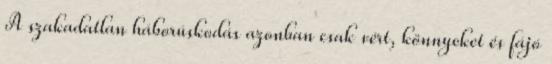
A szakadatlan háborúskodás azonban csak vért, könnyeket és fájó